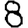
Digit: 8